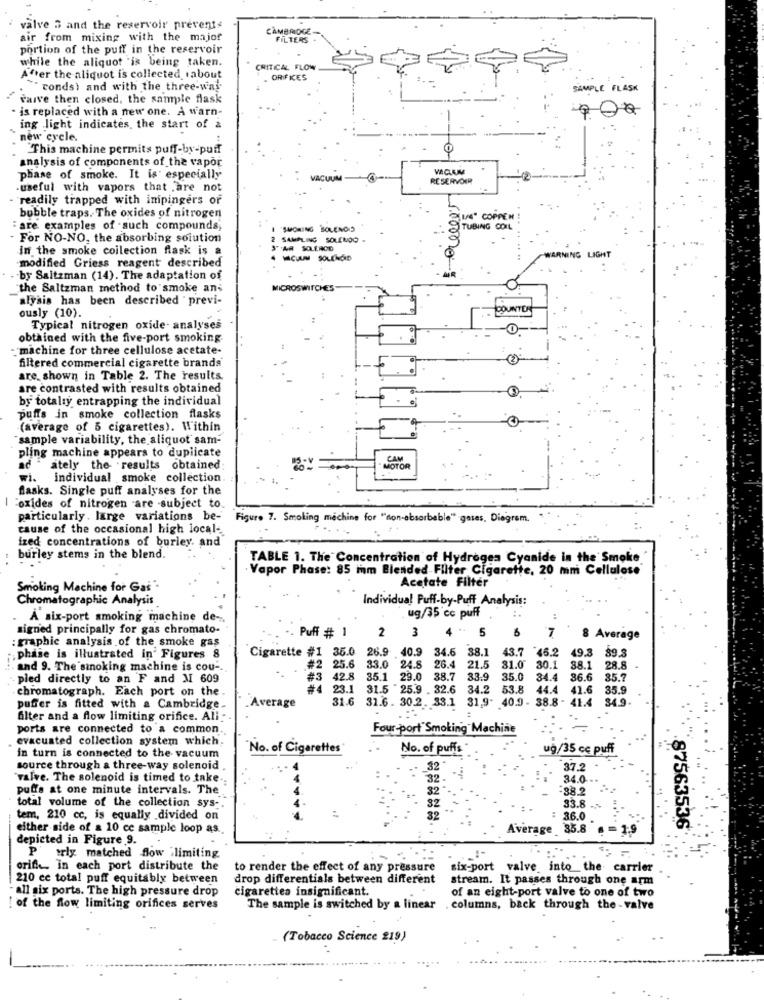
valve 5 and the reservoir prevents
CAMBRIDGE
air from mixing with the majof
FILTERS
portion of the puff in the reservoir
while the aliquot "is being taken.
CRITICAL FLOW
After the aliquot is collected, about
ORIFIES
"" conds) and with the three-way
SAMPLE FLASK
carve then closed, the sample flask
· is replaced with a new one. A warn-
ing light indicates, the start of a
new cycle.
This machine permits puff-by-puff
analysis of components of the vapor
o
phase of smoke. It is especially
VACUUM
RESERVOIR
useful with vapors that are not
readily trapped with impingers of
bubble traps. The oxides of nitrogen
KING" COPPEN!
: are examples of such compounds;
SHORING BOLENOS
TUBING COIL
For NO-NO, the absorbing solution
SAMPLING SOLENOO .
In the smoke collection flask is a
WARNING LIGHT
modified Griess reagent described
by Saltzman (14). The adaptation of
10000
"the Saltzman method to smoke ans
MICROSWITCHES
alysis has been described previ-
ously (10).
COUNTER
Typical nitrogen oxide- analyses
obtained with the five-port smoking-
- machine for three cellulose acetate-
filtered commercial cigarette brands
are shown in Table 2. The results.
are contrasted with results obtained
by total:y entrapping the individual
puffs in smoke collection flasks
(average of 5 cigarettes). Within
sample variability, the aliquot sam-
pling machine appears to duplicate
CAM
ad ately the results obtained
MOTOR
wi.
individual smoke collection
flasks. Single puff analyses for the
Foxides of nitrogen are subject to.
particularly . large variations be-
Figure 7. Smoling machine for "non-absorbable" gases, Diagram.
cause of the occasional high local-
ized concentrations of burley. and
burley stems in the blend.
TABLE 1. The Concentration of Hydrogen Cyanide in the Smoke
· Vapor Phase: 85 mm Blended Filter Cigarette, 20 mm Cellulose
Acetate Filter
Smoking Machine for Gas
Chromatographic Analysis
Individual Puff-by-Puff Analysis:
À six-port smoking machine de-
. ug/35 cc puff
signed principally for gas chromato-
2
4 .-
5
6
7
graphic analysis of the smoke gas
Puff # 1
3
8 Average
40.9 34.6 38.1
43.7
46.2
49.3
phase is illustrated in Figures 8
Cigarette #1 35.0 26.9
31.0
and 9. The smoking machine is cou -.
#2 25.6
33.0 24.8
26.4
21.5
30.1
88.1
28.8
pied directly to an F and M 609
#3 42.8
35.1
29.0 38.7
33.9
35.0
34.4
86.6
35.7
chromatograph. Each port on the.
#4
23.1
31.5 25.9 . 32.6 34.2
53.8
44.4
41.6
35.9
31.6
31.6. 30.2. 33.1 31,9. 40.9 - 38.8 - 41.4
84.9.
puffer is fitted with a Cambridge.
Average
Alter and a flow limiting orifice. Ali-
ports are connected to a common.
Four-port"Smoking Machine
evacuated collection system which.
No. of Cigarettes
No. of puffs *
ug/35 ce puff
in turn is connected to the vacuum
source through a three-way solenoid .
32
37.2
valve. The solenoid is timed to take ..
32
34.0
puffs at one minute intervals. The
82
-88.2
total volume of the collection sys -.
82
33.8 .~
tem, 210 cc, is equally divided on
32
:
36.0 .
either side of a 10 cc sample loop as.
Average 35.8 .
= 1.9
depicted in Figure 9.
87563536.
Perly matched flow ilimiting
orifi in each port distribute the
to render the effect of any pressure
six-port valve into the carrier
210 cc total puff equitably between
drop differentials between different
stream. It passes through one arm
- all six ports. The high pressure drop
cigarettes insignificant.
of an eight-port valve to one of two
[ of the flow limiting orifices serves
The sample is switched by a linear . columns, back through the - valve
(Tobacco Science 219)